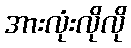
အားလုံးလိုလို